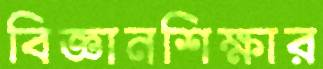
বিজ্ঞানশিক্ষার